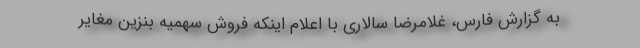
به گزارش فارس، غلامرضا سالاری با اعلام اینکه فروش سهمیه بنزین مغایر